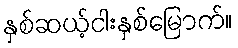
နှစ်ဆယ့်ငါးနှစ်မြောက်။